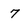
Character: 7